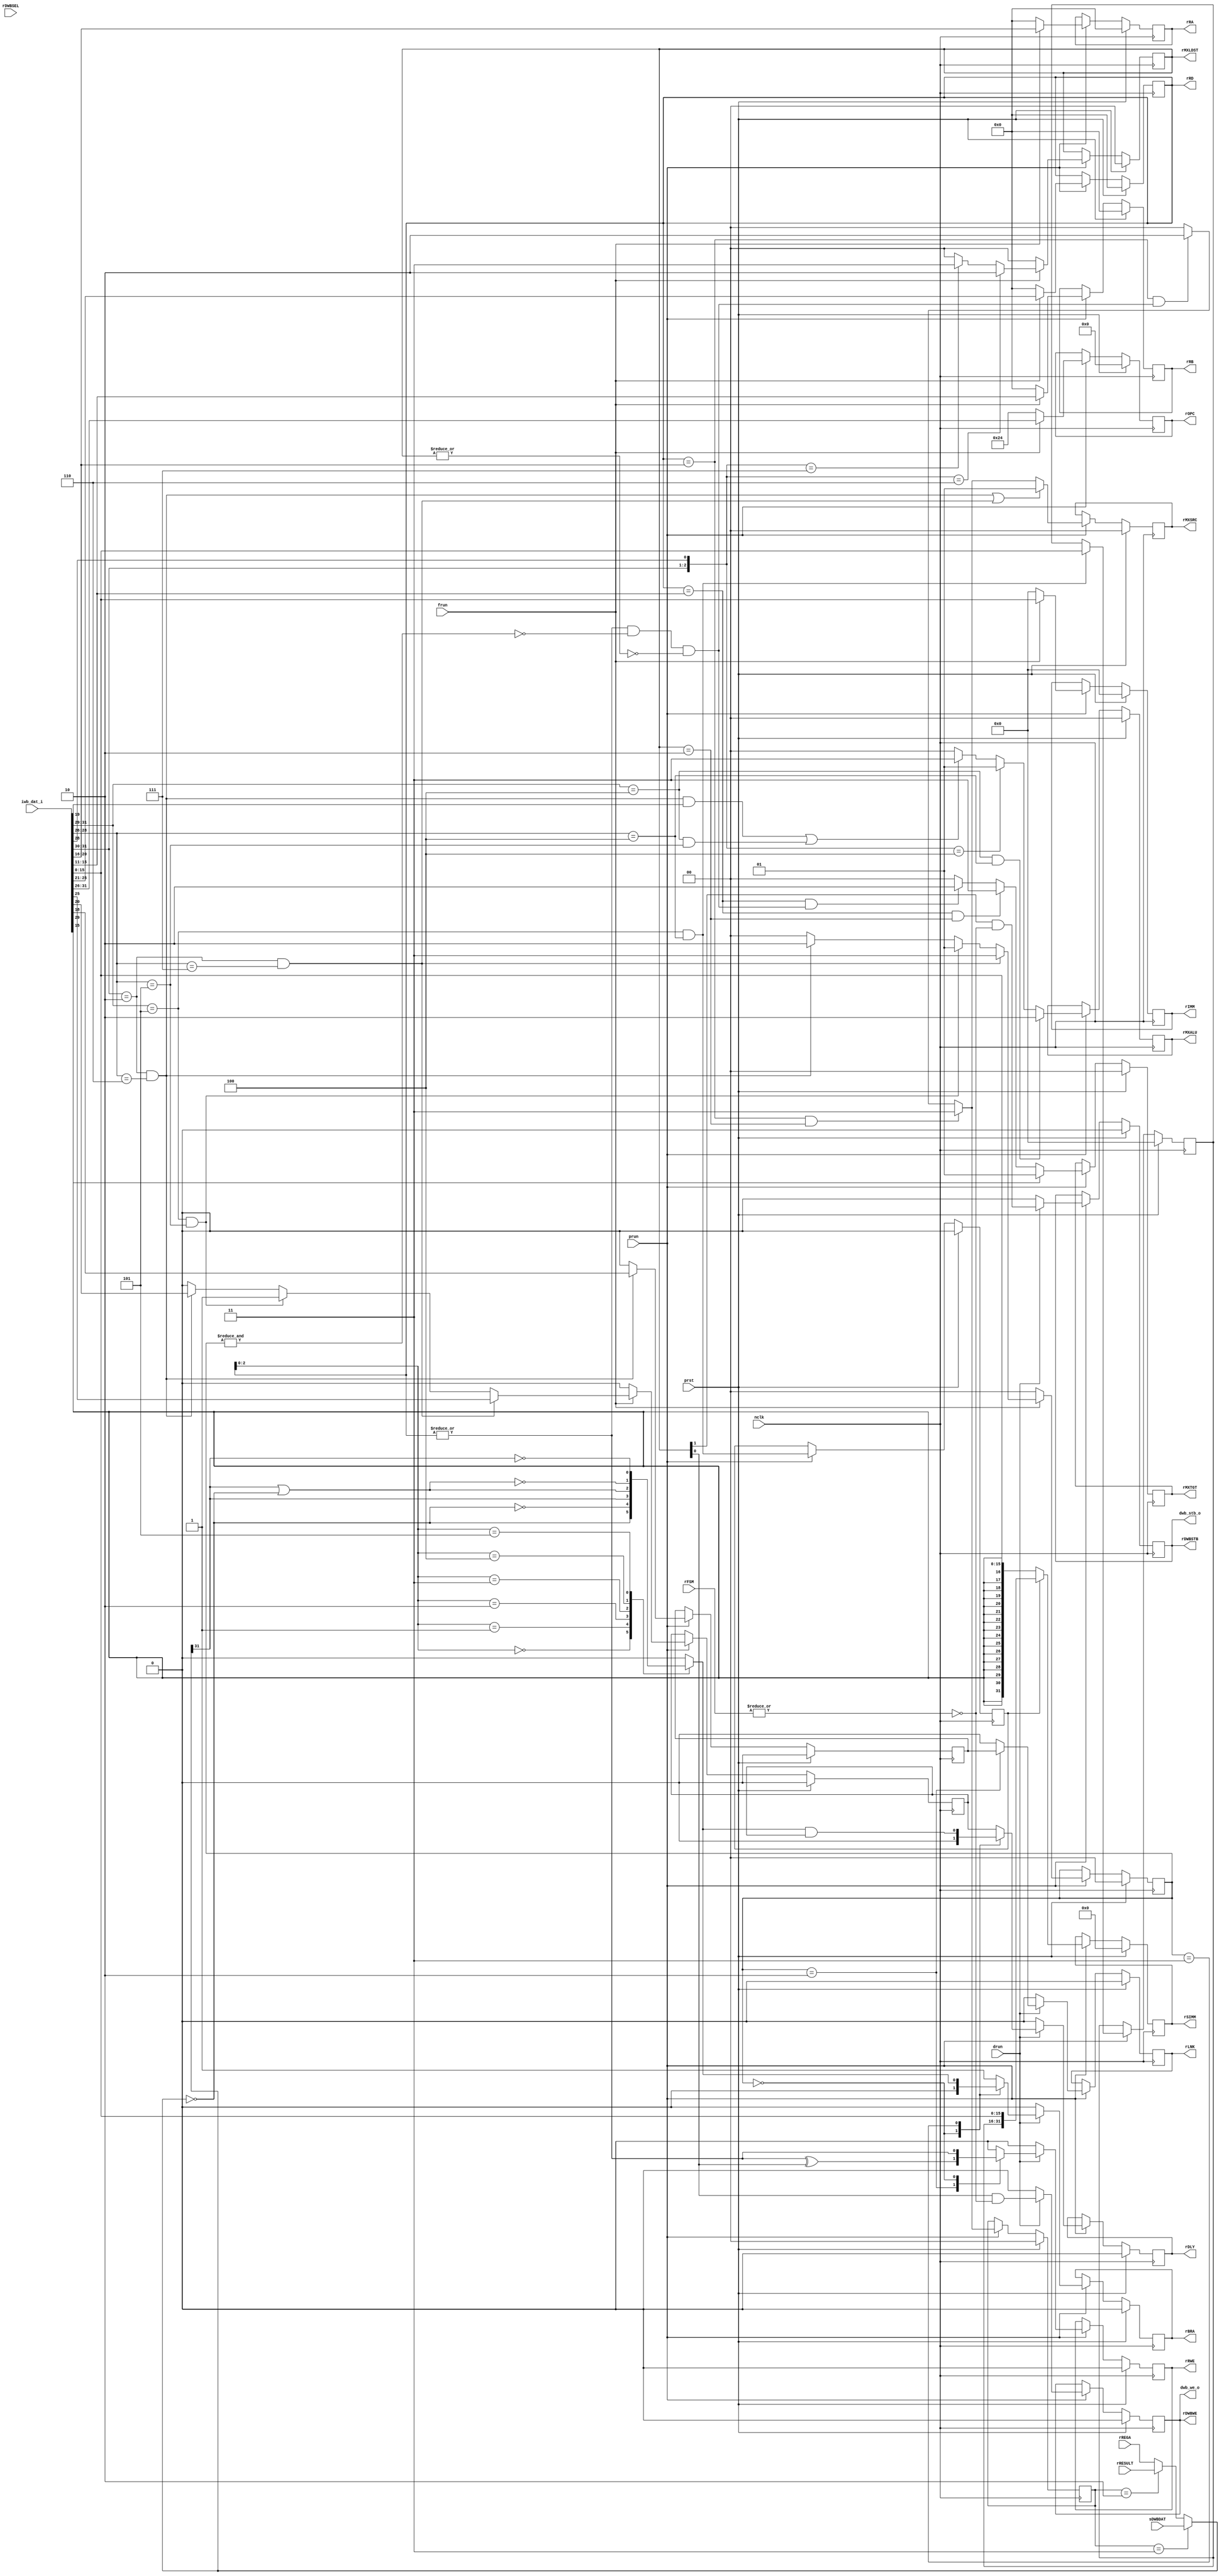
/*
 * $Id: aeMB_decode.v,v 1.10 2007/05/30 18:44:30 sybreon Exp $
 * 
 * AEMB Instruction Decoder
 * Copyright (C) 2004-2007 Shawn Tan Ser Ngiap <shawn.tan@aeste.net>
 *  
 * This library is free software; you can redistribute it and/or
 * modify it under the terms of the GNU Lesser General Public License
 * as published by the Free Software Foundation; either version 2.1 of
 * the License, or (at your option) any later version.
 * 
 * This library is distributed in the hope that it will be useful, but
 * WITHOUT ANY WARRANTY; without even the implied warranty of
 * MERCHANTABILITY or FITNESS FOR A PARTICULAR PURPOSE. See the GNU
 * Lesser General Public License for more details.
 * 
 * You should have received a copy of the GNU Lesser General Public
 * License along with this library; if not, write to the Free Software
 * Foundation, Inc., 59 Temple Place, Suite 330, Boston, MA 02111-1307
 * USA
 *
 * DESCRIPTION
 * Instruction decoder
 *
 * HISTORY
 * $Log: aeMB_decode.v,v $
 * Revision 1.10  2007/05/30 18:44:30  sybreon
 * Added interrupt support.
 *
 * Revision 1.9  2007/05/17 09:08:21  sybreon
 * Removed asynchronous reset signal.
 *
 * Revision 1.8  2007/04/30 15:58:31  sybreon
 * Fixed minor data hazard bug spotted by Matt Ettus.
 *
 * Revision 1.7  2007/04/27 04:23:17  sybreon
 * Removed some unnecessary bubble control.
 *
 * Revision 1.6  2007/04/27 00:23:55  sybreon
 * Added code documentation.
 * Improved size & speed of rtl/verilog/aeMB_aslu.v
 *
 * Revision 1.5  2007/04/25 22:15:04  sybreon
 * Added support for 8-bit and 16-bit data types.
 *
 * Revision 1.4  2007/04/11 04:30:43  sybreon
 * Added pipeline stalling from incomplete bus cycles.
 * Separated sync and async portions of code.
 *
 * Revision 1.3  2007/04/04 06:12:27  sybreon
 * Fixed minor bugs
 *
 * Revision 1.2  2007/04/03 14:46:26  sybreon
 * Fixed endian correction issues on data bus.
 *
 * Revision 1.1  2007/03/09 17:52:17  sybreon
 * initial import
 *
 */

module aeMB_decode (/*AUTOARG*/
   // Outputs
   rSIMM, rMXALU, rMXSRC, rMXTGT, rRA, rRB, rRD, rOPC, rIMM, rDWBSTB,
   rDWBWE, rDLY, rLNK, rBRA, rRWE, rMXLDST, dwb_stb_o, dwb_we_o,
   // Inputs
   sDWBDAT, rDWBSEL, rREGA, rRESULT, rFSM, iwb_dat_i, nclk, prst,
   drun, frun, prun
   );
   // Internal I/F
   output [31:0] rSIMM;
   output [1:0]  rMXALU;
   output [1:0]  rMXSRC, rMXTGT;
   output [4:0]  rRA, rRB, rRD;
   output [5:0]  rOPC;   
   output [15:0] rIMM;
   output 	 rDWBSTB, rDWBWE;
   output 	 rDLY, rLNK, rBRA, rRWE;
   output [1:0]  rMXLDST;
   input [31:0]  sDWBDAT;   
   input [3:0] 	 rDWBSEL;   
   input [31:0]  rREGA, rRESULT;
   input [1:0] 	 rFSM;
   
   // External I/F
   input [31:0]  iwb_dat_i;
   output 	 dwb_stb_o, dwb_we_o;
   
   // System I/F
   input 	 nclk, prst, drun, frun, prun;

   /**
    rOPC/rRD/rRA/rRB/rIMM
    ---------------------
    Instruction latch for the different fields of the instruction
    ISA. This part may be changed in the future to incorporate an
    instruction cache.
   
    FIXME: Endian correction!
    TODO: Modify this for block RAM based instruction cache.
    */
   wire [31:0] 	 wIREG;
   assign 	 wIREG = iwb_dat_i;   
         
   wire [5:0] 	 wOPC = wIREG[31:26];
   wire [4:0] 	 wRD = wIREG[25:21];
   wire [4:0] 	 wRA = wIREG[20:16];
   wire [4:0] 	 wRB = wIREG[15:11];   
   wire [15:0] 	 wIMM = wIREG[15:0];

   reg [5:0] 	 rOPC;
   reg [4:0] 	 rRD, rRA, rRB;
   reg [15:0] 	 rIMM;
   reg [5:0] 	 xOPC;
   reg [4:0] 	 xRD, xRA, xRB;
   reg [15:0] 	 xIMM;

   /*
   assign 	 rOPC = wOPC;
   assign 	 rRA = wRA;
   assign 	 rRB = wRB;
   assign 	 rRD = wRD;
   assign 	 rIMM = wIMM;   
   */
   
   always @(/*AUTOSENSE*/frun or wIMM or wOPC or wRA or wRB or wRD)
     if (frun) begin
	xOPC <= wOPC;
	xRD <= wRD;
	xRA <= wRA;
	xRB <= wRB;
	xIMM <= wIMM;	
     end else begin
	xOPC <= 6'o44;	
	/*AUTORESET*/
	// Beginning of autoreset for uninitialized flops
	xIMM <= 16'h0;
	xRA <= 5'h0;
	xRB <= 5'h0;
	xRD <= 5'h0;
	// End of automatics
     end // else: !if(frun)
   
   /**
    Opcode Groups
    -------------
    Start decoding by breaking up the opcode into groups. This should
    infer a bunch of decoders on appropriate synthesis tools.
    */
   
   wire 	 fGH0 = (wOPC[5:3] == 3'o0);
   wire 	 fGH1 = (wOPC[5:3] == 3'o1);
   wire 	 fGH2 = (wOPC[5:3] == 3'o2);
   wire 	 fGH3 = (wOPC[5:3] == 3'o3);
   wire 	 fGH4 = (wOPC[5:3] == 3'o4);
   wire 	 fGH5 = (wOPC[5:3] == 3'o5);
   wire 	 fGH6 = (wOPC[5:3] == 3'o6);
   wire 	 fGH7 = (wOPC[5:3] == 3'o7);
   wire 	 fGL0 = (wOPC[2:0] == 3'o0);
   wire 	 fGL1 = (wOPC[2:0] == 3'o1);
   wire 	 fGL2 = (wOPC[2:0] == 3'o2);
   wire 	 fGL3 = (wOPC[2:0] == 3'o3);
   wire 	 fGL4 = (wOPC[2:0] == 3'o4);
   wire 	 fGL5 = (wOPC[2:0] == 3'o5);
   wire 	 fGL6 = (wOPC[2:0] == 3'o6);
   wire 	 fGL7 = (wOPC[2:0] == 3'o7);
   
   /*
    Main Decoder
    ------------
    As there aren't many instruction groups to decode, we will decode
    all the instruction families here.
    */
   
   wire 	 fADD = ({wOPC[5:4],wOPC[0]} == 3'o0);
   wire 	 fSUB = ({wOPC[5:4],wOPC[0]} == 3'o1);   
   wire 	 fLOGIC = ({wOPC[5:4],wOPC[2]} == 3'o4);
   wire 	 fMUL = ({wOPC[5:4]} == 3'o1);
   
   wire 	 fLD = ({wOPC[5:4],wOPC[2]} == 3'o6);
   wire 	 fST = ({wOPC[5:4],wOPC[2]} == 3'o7);
   
   wire 	 fBCC = (wOPC[5:4] == 2'b10) & fGL7;
   wire 	 fBRU = (wOPC[5:4] == 2'b10) & fGL6;
   wire 	 fBRA = fBRU & wRA[3];   
   
   wire 	 fSHIFT = fGH4 & fGL4;
   wire 	 fIMM = fGH5 & fGL4;
   wire 	 fRET = fGH5 & fGL5;
   wire 	 fMISC = fGH4 & fGL5;

   /**
    MXALU
    -----
    This signal controls the MXALU mux inside the ASLU unit.
    */
   
   reg [1:0] 	 rMXALU, xMXALU;
   always @(/*AUTOSENSE*/fBRA or fLOGIC or fMISC or fSHIFT) begin // frun
      xMXALU <= //(!fNBR) ? 2'o0 :
		(fSHIFT) ? 2'o2 :
		(fLOGIC) ? 2'o1 :
		(fBRA|fMISC) ? 2'o3 :
		2'o0;	
   end
   
   /**
    BCC/BRA/RET
    -----------
    This signal controls the associated muxes for BRANCH, DELAY and
    LINK operations.
    */
   
   reg 		 rMXDLY,rMXLNK,xMXDLY,xMXLNK;
   reg [1:0] 	 rMXBRA,xMXBRA;
   always @(/*AUTOSENSE*/fBCC or fBRU or fRET or frun or wRA or wRD)
     if (frun) begin
	xMXBRA <=  //(!fNBR) ? 2'o0 :
		  (fBCC) ? 2'o3 :
		  (fRET) ? 2'o1 :
		  (fBRU) ? 2'o2 :
		  2'o0;	
	xMXDLY <=  //(!fNBR) ? 1'b0 :
		  (fBCC) ? wRD[4] :
		  (fRET) ? 1'b1 :
		  (fBRU) ? wRA[4] :
		  1'b0;
     end else begin // if (frun)
	/*AUTORESET*/
	// Beginning of autoreset for uninitialized flops
	xMXBRA <= 2'h0;
	xMXDLY <= 1'h0;
	// End of automatics
     end // else: !if(frun)

   always @(/*AUTOSENSE*/fBRU or wRA) begin
      xMXLNK <=  //(!fNBR) ? 1'b0 :
		 (fBRU) ? wRA[2] : 1'b0;	
   end
   
   /**
    LD/ST
    -----
    This signal controls the mux that controls the LOAD and STORE
    operations.
    */
   
   reg [1:0] 	  rMXLDST,xMXLDST;
   always @(/*AUTOSENSE*/fLD or fST or frun)
     if (frun) begin
	xMXLDST <= //(!fNBR) ? 2'o0 :
		   (fLD) ? 2'o2 :
		   (fST) ? 2'o3 :
		   //(fMISC) ? 2'o1 :
		   2'o0;	
     end else begin
	/*UTORESET*/
	// Beginning of autoreset for uninitialized flops
	xMXLDST <= 2'h0;
	// End of automatics
     end // else: !if(frun)
   
   /** 
    SRC/TGT
    -------
    Controls the muxes that select the appropriate sources for the A,
    B and D operands. All data hazards are resolved here.    
    */
   
   reg [1:0] 	  rMXSRC, rMXTGT, rMXALT, xMXSRC,xMXTGT,xMXALT;
   wire 	  fRWE = (|rRD) & !(&rMXBRA) & !(|rMXLDST);

   always @(/*AUTOSENSE*/fBCC or fBRU or fRWE or rMXLDST or rRD
	    or wOPC or wRA or wRB) begin // frun
      xMXSRC <= //(!fNBR) ? 2'o0 :
		(fBRU|fBCC) ? 2'o1 : // PC
		((rRD == wRA) & (rMXLDST == 2'o2)) ? 2'o3 : // DWB
		((rRD == wRA) & fRWE) ? 2'o2 : // FWD
		2'o0; // RA
      xMXTGT <= //(!fNBR) ? 2'o0 :
		(wOPC[3]) ? 2'o1 : // IMM
		((rRD == wRB) & (rMXLDST == 2'o2)) ? 2'o3 : // DWB
		((rRD == wRB) & fRWE) ? 2'o2 : // FWD
		2'o0;	// RB
      xMXALT <= //(!fNBR) ? 2'o0 :
		//(fBRU|fBCC) ? 2'o1 : // PC
		((rRD == wRA) & (rMXLDST == 2'o2)) ? 2'o3 : // DWB
		((rRD == wRA) & fRWE) ? 2'o2 : // FWD
		2'o0; // RA
   end // always @ (...
   
   /**
    IMM Latching
    ------------
    The logic to generate either a full 32-bit or sign extended 32-bit
    immediate is done here.
    */
   
   reg [31:0] 	 rSIMM, xSIMM;
   reg [15:0] 	 rIMMHI, xIMMHI;   
   reg 		 rFIMM, xFIMM;

   always @(/*AUTOSENSE*/fIMM or rFIMM or rIMMHI or wIMM) begin // frun
      xSIMM <= (rFIMM) ? {rIMMHI,wIMM} : {{(16){wIMM[15]}},wIMM};
      xFIMM <= fIMM;	
      xIMMHI <= (fIMM) ? wIMM : rIMMHI;	      
   end
   
   /**
    COMPARATOR
    ----------
    This performs the comparison for conditional branches. It handles
    the necessary data hazards. It generates a branch flag that is
    used by the execution stage.
    */
   
   wire [31:0] wREGA =
	       (rMXALT == 2'o3) ? sDWBDAT :
	       (rMXALT == 2'o2) ? rRESULT :
	       rREGA;   
   
   wire        wBEQ = (wREGA == 32'd0);
   wire        wBNE = ~wBEQ;
   wire        wBLT = wREGA[31];
   wire        wBLE = wBLT | wBEQ;   
   wire        wBGE = ~wBLT;
   wire        wBGT = ~wBLE;   
   
   reg 	       rBCC;   
   always @(/*AUTOSENSE*/rRD or wBEQ or wBGE or wBGT or wBLE or wBLT
	    or wBNE)
     case (rRD[2:0])
       3'o0: rBCC <= wBEQ;
       3'o1: rBCC <= wBNE;
       3'o2: rBCC <= wBLT;
       3'o3: rBCC <= wBLE;
       3'o4: rBCC <= wBGT;
       3'o5: rBCC <= wBGE;
       default: rBCC <= 1'b0;
     endcase // case (rRD[2:0])

   /**
    Branch Signals
    --------------
    This controls the generation of the BRANCH, DELAY and LINK
    signals.
    */
   wire        fXCE = |rFSM;   
   reg 	       rBRA, rDLY, rLNK, xBRA, xDLY, xLNK;
   always @(/*AUTOSENSE*/drun or rBCC or rMXBRA or rMXDLY or rMXLNK)
     if (drun) begin
	case (rMXBRA)
	  2'o0: xBRA <= 1'b0;
	  2'o3: xBRA <= rBCC;
	  default: xBRA <= 1'b1;	  
	endcase // case (rMXBRA)
	
	case (rMXBRA)
	  2'o0: xDLY <= 1'b0;	  
	  2'o3: xDLY <= rBCC & rMXDLY;
	  default: xDLY <= rMXDLY;
	endcase // case (rMXBRA)

	case (rMXBRA)
	  2'o2: xLNK <= rMXLNK;	  
	  default: xLNK <= 1'b0;
	endcase // case (rMXBRA)
     end else begin // if (drun)
	/*AUTORESET*/
	// Beginning of autoreset for uninitialized flops
	xBRA <= 1'h0;
	xDLY <= 1'h0;
	xLNK <= 1'h0;
	// End of automatics
     end // else: !if(drun)
   
   /**
    MXRWE
    -----
    This signal controls the flag that determines whether a D register
    is open for writing.
    */
   
   reg 		 rRWE, xRWE;
   wire 	 wRWE = |rRD;   
   always @(/*AUTOSENSE*/drun or rMXBRA or rMXLDST or wRWE)
     if (drun) begin
	case (rMXBRA)
	  default: xRWE <= 1'b0;	 
	  2'o2: xRWE <= wRWE ^ rMXLDST[0];
	  2'o0: xRWE <= wRWE;	  
	endcase // case (rMXBRA)
     end else begin
	/*AUTORESET*/
	// Beginning of autoreset for uninitialized flops
	xRWE <= 1'h0;
	// End of automatics
     end // else: !if(drun)

   /**
    Data WISHBONE Bus
    -----------------
    The STB and WE signals for the DWB are decoded here depending on
    the LOAD/STORE control signal.    
    */
   
   reg rDWBSTB, rDWBWE, xDWBSTB, xDWBWE;
   assign dwb_stb_o = rDWBSTB;
   assign dwb_we_o = rDWBWE;

   always @(/*AUTOSENSE*/drun or fXCE or rMXLDST)
     if (drun) begin
	xDWBSTB <= rMXLDST[1] & !fXCE;
	xDWBWE <= rMXLDST[0] & !fXCE;
     end else begin
	/*AUTORESET*/
	// Beginning of autoreset for uninitialized flops
	xDWBSTB <= 1'h0;
	xDWBWE <= 1'h0;
	// End of automatics
     end
   
   // PIPELINE REGISTERS ///////////////////////////////////////////////

   always @(negedge nclk)
     if (prst) begin
	//rOPC <= 6'o40;	
	/*AUTORESET*/
	// Beginning of autoreset for uninitialized flops
	rBRA <= 1'h0;
	rDLY <= 1'h0;
	rDWBSTB <= 1'h0;
	rDWBWE <= 1'h0;
	rFIMM <= 1'h0;
	rIMM <= 16'h0;
	rIMMHI <= 16'h0;
	rLNK <= 1'h0;
	rMXALT <= 2'h0;
	rMXALU <= 2'h0;
	rMXBRA <= 2'h0;
	rMXDLY <= 1'h0;
	rMXLDST <= 2'h0;
	rMXLNK <= 1'h0;
	rMXSRC <= 2'h0;
	rMXTGT <= 2'h0;
	rOPC <= 6'h0;
	rRA <= 5'h0;
	rRB <= 5'h0;
	rRD <= 5'h0;
	rRWE <= 1'h0;
	rSIMM <= 32'h0;
	// End of automatics
     end else if (prun) begin // if (prst)
	rIMM <= #1 xIMM;
	rOPC <= #1 xOPC;
	rRA <= #1 xRA;
	rRB <= #1 xRB;
	rRD <= #1 xRD;

	rMXALU <= #1 xMXALU;
	rMXBRA <= #1 xMXBRA;
	rMXDLY <= #1 xMXDLY;
	rMXLNK <= #1 xMXLNK;
	rMXLDST <= #1 xMXLDST;

	rMXSRC <= #1 xMXSRC;
	rMXTGT <= #1 xMXTGT;
	rMXALT <= #1 xMXALT;

	rSIMM <= #1 xSIMM;
	rFIMM <= #1 xFIMM;
	rIMMHI <= #1 xIMMHI;	

	rBRA <= #1 xBRA;
	rDLY <= #1 xDLY;
	rLNK <= #1 xLNK;
	rRWE <= #1 xRWE;
	rDWBSTB <= #1 xDWBSTB;
	rDWBWE <= #1 xDWBWE;	
     end // if (prun)
   
endmodule // aeMB_decode

// Local Variables:
// verilog-library-directories:(".")
// verilog-library-files:("")
// End: